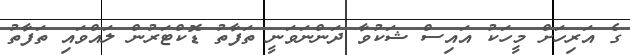
ގެ އަރިހަށް މީހަކު އައިސް ޝަކުވާ ދަންނަވަނީ ތަފާތު ޑޮކްޓަރުން ލައްވައި ތަފާތު